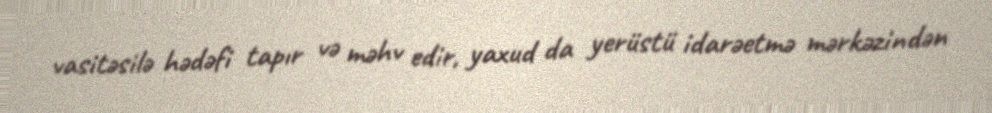
vasitəsilə hədəfi tapır və məhv edir, yaxud da yerüstü idarəetmə mərkəzindən